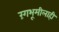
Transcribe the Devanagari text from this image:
रंगभूमीलाही